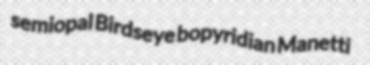
semiopal Birdseye bopyridian Manetti